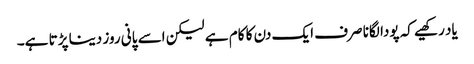
یاد رکھیے کہ پودا لگانا صرف ایک دن کا کام ہے لیکن اسے پانی روز دینا پڑتا ہے۔